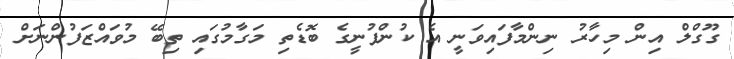
ގޫގްލް އިން މިހާރު ނިންމާފައިވަނީ އެ ކުންފުނީގެ ބޮޑެތި މަގާމުގައި ތިބޭ މުވައްޒަފުންނަށް